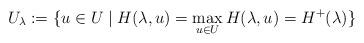
LaTeX: \begin{align*}U_\lambda := \{u \in U \mid H(\lambda,u) = \max_{u\in U} H(\lambda,u) = H^+(\lambda)\}\end{align*}